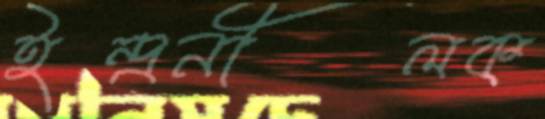
ইন্দ্রনীলক